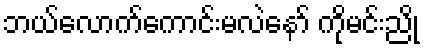
ဘယ်လောက်ကောင်းမလဲနော် ကိုမင်းညို